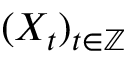
( X _ { t } ) _ { t \in \mathbb { Z } }